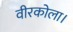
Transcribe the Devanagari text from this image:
वीरकोला।